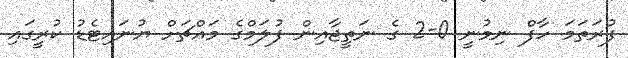
ފުރަތަމަ ހާފް ނިމުނީ 0-2 ގެ ނަތީޖާއިން ފުލަމްގެ މައްޗަށް ޔުނައިޓެޑު ކުރީގައި